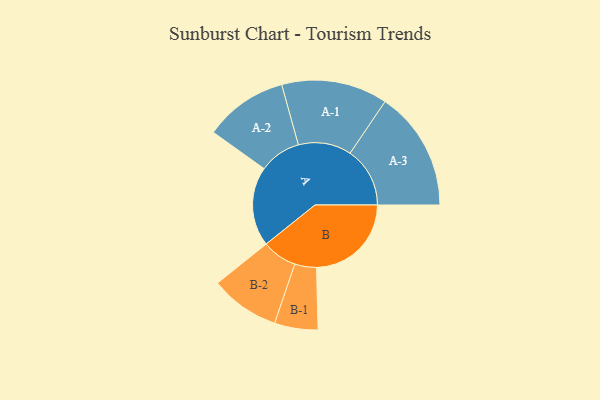
{"axis": {"x": "Segment", "y": "Value"}, "legend": ["", "A", "B"], "data": [{"x": "A", "y": 377, "type": ""}, {"x": "B", "y": 450, "type": ""}, {"x": "A-1", "y": 252, "type": "A"}, {"x": "A-2", "y": 198, "type": "A"}, {"x": "A-3", "y": 284, "type": "A"}, {"x": "B-1", "y": 103, "type": "B"}, {"x": "B-2", "y": 165, "type": "B"}]}